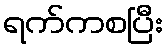
ရက်ကစပြီး